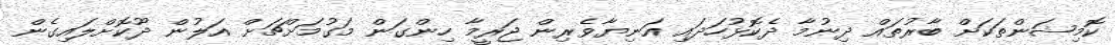
ކޮމިޝަންތަކަށް ބާރުތައް ދިނުމާ ދެކޮޅުހަދައި އަނިޔާވެރިން ޖަރީމާ ހިންގަން މަގުމަށްޗަށް އަލުން ދޫކޮށްލައިގެން